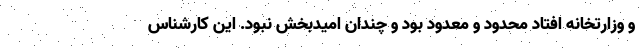
و وزارتخانه افتاد محدود و معدود بود و چندان امیدبخش نبود. این کارشناس